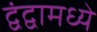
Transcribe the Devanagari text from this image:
द्वंद्वामध्ये